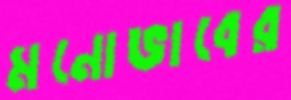
মনোভাবের